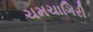
ચમચાગિરી